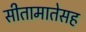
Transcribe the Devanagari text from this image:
सीतामातेसह